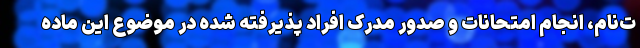
ت‌نام، انجام امتحانات و صدور مدرک افراد پذیرفته شده در موضوع این ماده